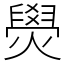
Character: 燢